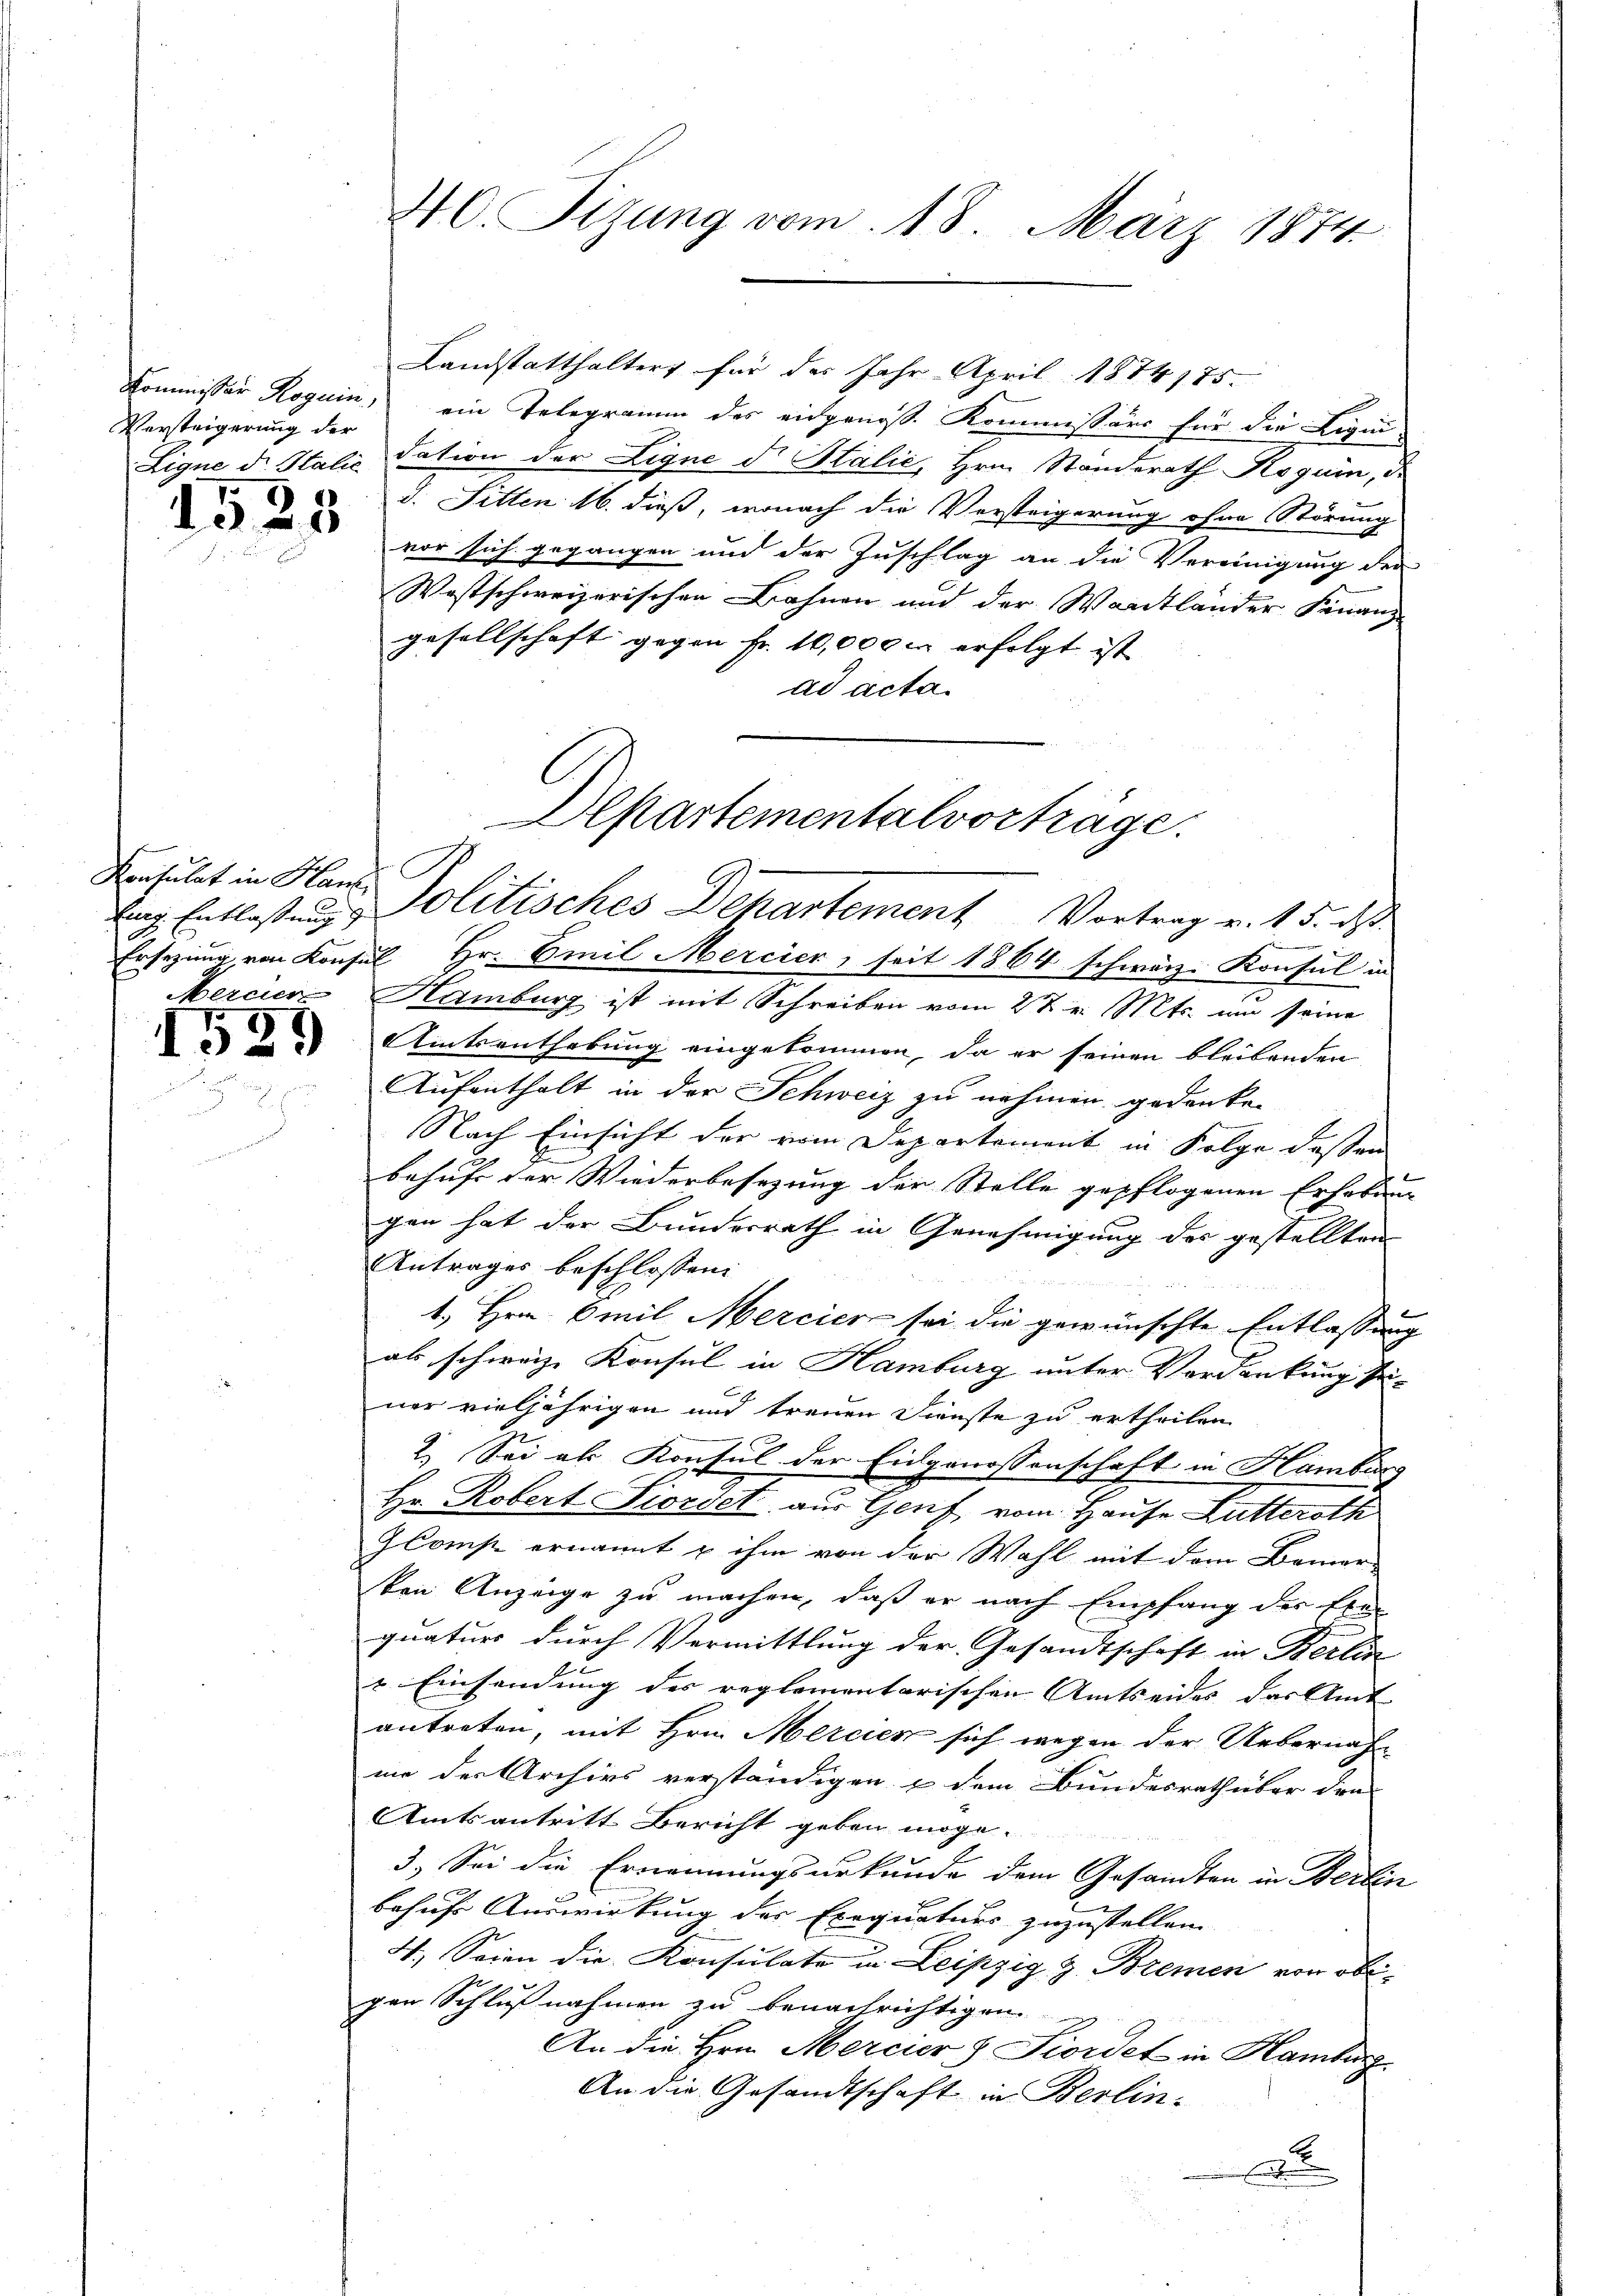
Kommissor Roguin
Versteigerung der
Ligne dr. Italie

1525

Linz Entlassung

1539

40. Sizung vom 18. März 1874.

Landstatthalters für des Jahr April 1874 175.
ein Telegramm des eidgenoss. Kommissärs für die Liqui-
dation der Ligne d. Halić, Hrn. Standerath Roguin, d
d. Sitten 16. dieß, wonach die Versteigerung ohne Störung
vor sich gegangen und der Zuschlag an die Vereinigung der
Westschweizerischer Bahnen und der Waadtländer Finanz
gesellschaft gegen Fr. 10,000 in erfolgt ist
ad acta.

Departementalvorträge.
Frisulat in Hand Politisches Dekartement Vortrag v. 15. ds
Ersezung von Konsul Hr. Emil Mercier, seit 1864 schwärz-Konsul in

i
Merciere Hamburg ist mit Schreiben vom 27 v. Mts. um seine
Amtsenthebung eingekommen, da er seinen bleibenden
Aufenthalt in der Schweiz zu nehmen gedanken
Nach Einsicht der vom Departement in Folge dessen
behufe der Wiederbesezung der Stelle gepflogenen Erhebung
gen hat der Bundesrath in Genehmigung des gestellten
Antrages beschlossen:

1. Hrn. Emil Mercier sei die gewünschte Entlassung
als schweize Konsul in Hamburg unter Verdankung seiner vieljährigen und treuen Dienste zu ertheilen
2. Sei als Konsul der Eidgenossenschaft in Hamburg
Hr. Robert Siordet aus Genf, vom Hause Lutteroth
Gloms ernannt & ihm von der Wahl mit dem Bemer-
ten Anzeige zu machen, daß er nach Empfang der Ehe-
quatur durch Vermittlung der Gesandtschaft in Berlin
 Einsendung des reglementarischen Amtseides das Amt
antreten, mit Hrn. Mercies sich wegen der Uebernahmie der Archivs verständigen u dem Bundesrath über den
Amtsantritt Bericht geben möge.
3.) Sei die Ernennungsurkunde dem Gesamten in Berlin
behufs Auswirkung der Exequatuus zuzustellen.
4. Seien die Konsulate in Leipzig & Bremen von obigen Schlußnahmen zu benachrichtigen.
An die Hrn. Mercier & Fiordet in Hamburg
An die Gesandtschaft in Berlin-